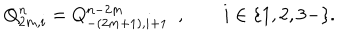
LaTeX: Q _ { 2 m , i } ^ { n } = Q _ { - ( 2 m + 1 ) , i + 1 } ^ { n - 2 m } \, \, \, , i \in \{ 1 , 2 , 3 - \} .